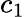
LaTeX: c_{1}